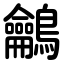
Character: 鸙